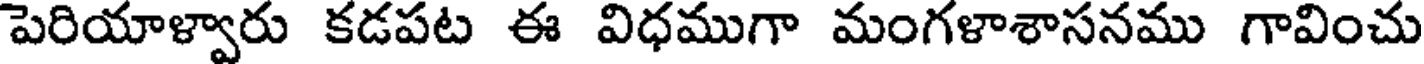
పెరియాళ్వారు కడపట ఈ విధముగా మంగళాశాసనము గావించు